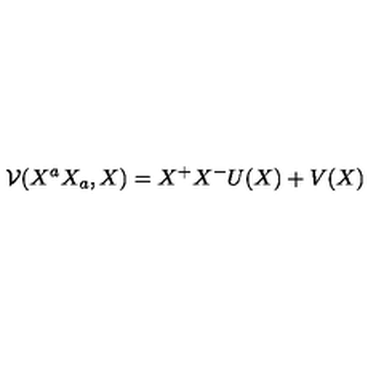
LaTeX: \mathcal { V } ( X ^ { a } X _ { a } , X ) = X ^ { + } X ^ { - } U ( X ) + V ( X )